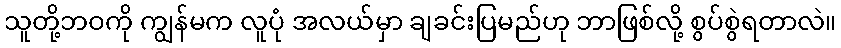
သူတို့ဘဝကို ကျွန်မက လူပုံ အလယ်မှာ ချခင်းပြမည်ဟု ဘာဖြစ်လို့ စွပ်စွဲရတာလဲ။